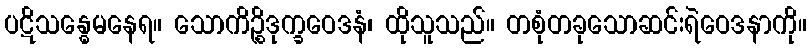
ပဋိသန္ဓေမနေရ။ သောကိဉ္စိဒုက္ခဝေဒနံ၊ ထိုသူသည်။ တစုံတခုသောဆင်းရဲဝေဒနာကို။